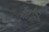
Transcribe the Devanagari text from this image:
हैं।तीसरे